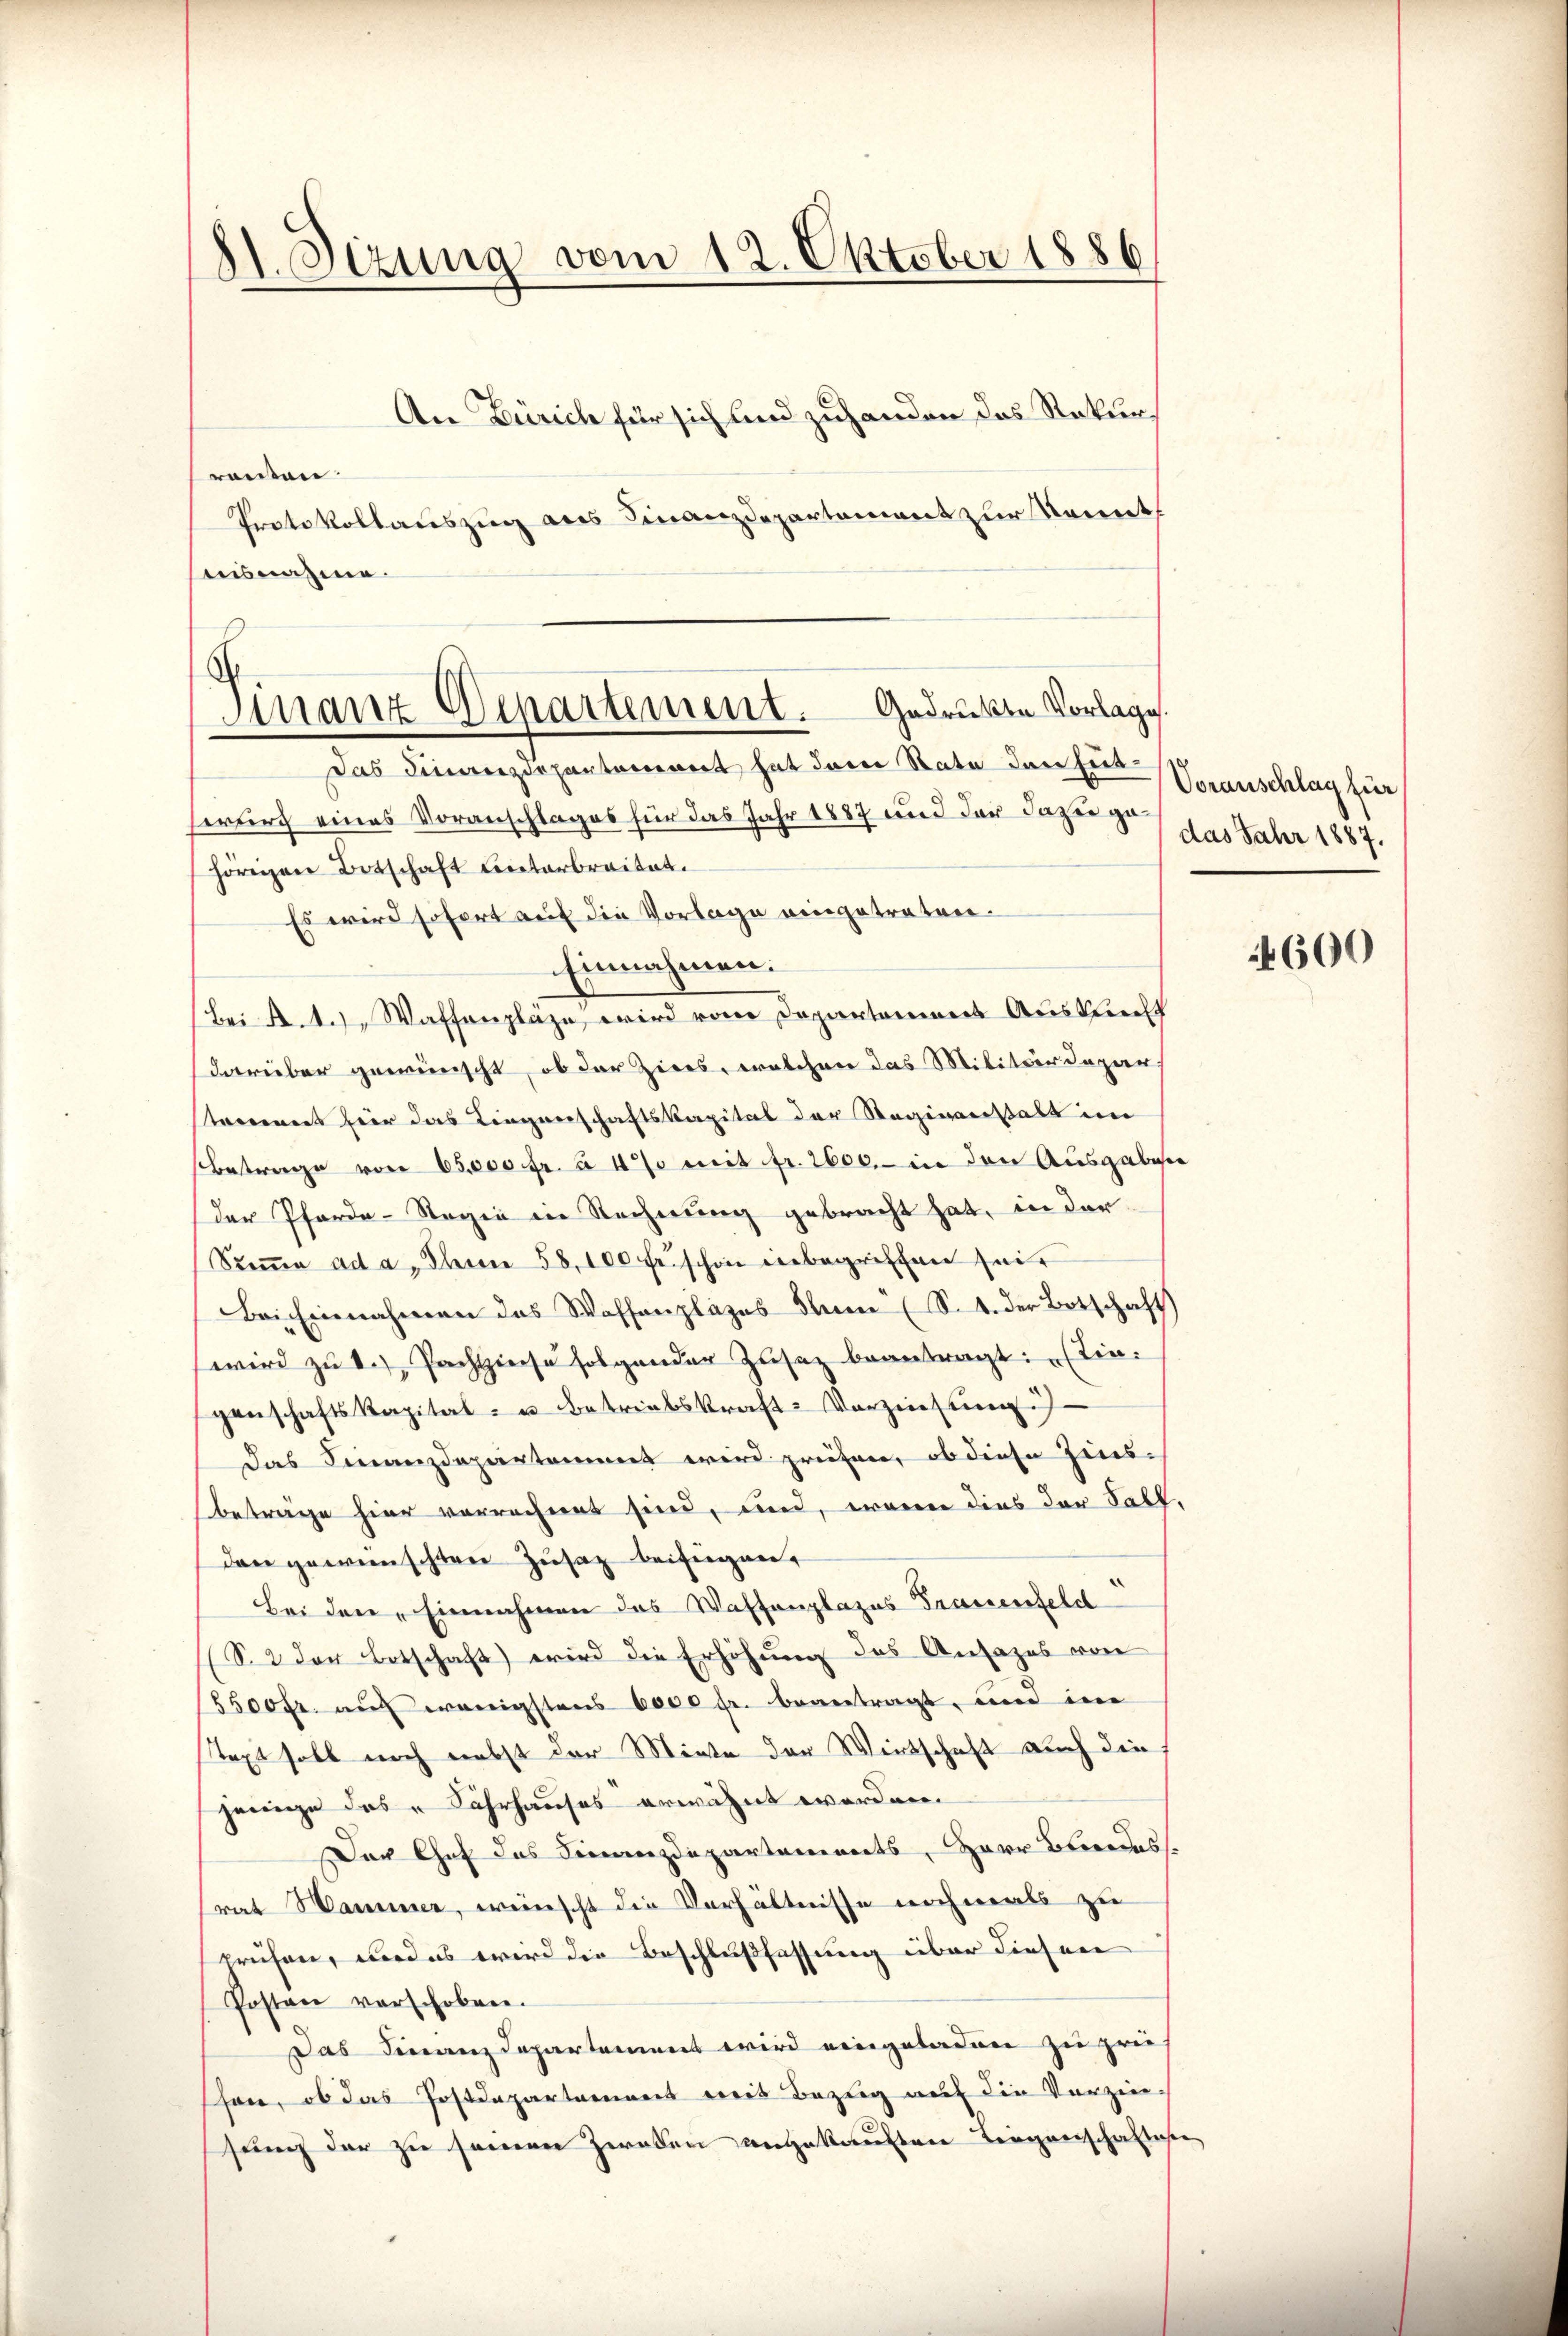
81. Sizung vom 12. Oktober 1886

An Zürich für sich und zuhanden das Rekurranten
Protokollauszug aus Finanzdepartement zur Kennt
ausnahme.
Das Finanzdepartement hat dem Rate den hätserung eines Voranschlages für das Jahr 1887 und der dazu gehörigen Botschaft unterbreitet.
Es wird sofort auf die Vorlage eingetreten.
Einnahmen.
Bei Art. Waffenpläge, wird vom Departement Auskunft
darüber gewünscht, ob der Ziers, welchen das Militärdepartredenent hier das Liegenschaftskapital der Regimenstalt im
Betrage von 65,000 fr. à 4% mit fr. 2600.- in den Ausgaben
der Pferde-Regia in Rechnung gebracht hat, in der
Sṁe ad a. Thun 58,100 feschon einbegriffen sein
Bei Einnahmen das Waffenplazes Ihnen (S. 4. der Botschaft
wird zu 1.) Pachtzinse folgender Zusatz beantragt: „Siegenschaftskapital- u Betriebskraft-Verzinsung
das Finanzdepartammet wird prüfen, ob diese Zins-
beträge hier verrechnet sind, und, wenn dies der Salz,
dan gewünschten Zusatz beifügen.
Bei den „Einnahmen das Waffenplazes Frauenfeld
S. 2 der Botschaft) wird die Erhöhung des Ansazes von
5500 fr. auf wenigstens 6000 fr. beantragt, und im
Text soll noch nebst der Miete der Wirtschaft auch die
jenige das Jahrhauses erwähnt worden.
Der Chef das Finanzdeparteienorts, Herr Beendes.
rat Hammer, wünscht die Verhältnisse nochmals zu
prühen, wird es wird die Beschlußfassung über diesen
Posten verschoben.
Das Finanzdepartement wird eingeladen zu zwi
han, ob das Postdepartaminers weis Bezeig auf die Verzin-
sung der zu seinen Zweien angekauften Liegenschaftse

Finanz Departement. Gedrücken Vorlage.

Voranschlag für
das Jahr 1887.

4600